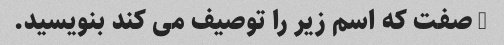
3 صفت که اسم زیر را توصیف می کند بنویسید.